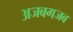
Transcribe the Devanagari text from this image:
अजबगजब